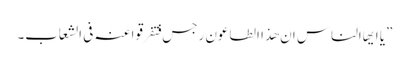
”یا ایھاالناس ان ھذا الطاعون رجس فتفرقوا عنہ فی الشعاب۔